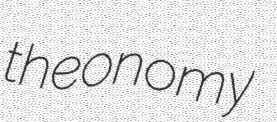
theonomy